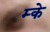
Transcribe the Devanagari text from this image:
म्के